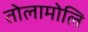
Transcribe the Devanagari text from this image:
तोलामोलि